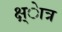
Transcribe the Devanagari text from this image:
क्ष्ेात्र